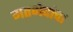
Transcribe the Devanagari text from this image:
मतभेदांचा